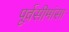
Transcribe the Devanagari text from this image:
पूर्वसीमांसा